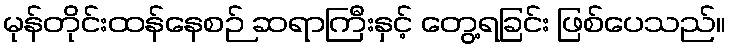
မုန်တိုင်းထန်နေစဉ် ဆရာကြီးနှင့် တွေ့ရခြင်း ဖြစ်ပေသည်။